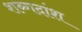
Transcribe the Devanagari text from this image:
शब्गदांश